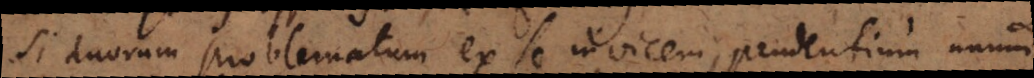
Si duorum problematum ex se invicem pendentium unum